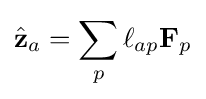
{\hat {\mathbf {z} }}_{a}=\sum _{p}\ell _{ap}\mathbf {F} _{p}